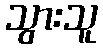
သွားသူ